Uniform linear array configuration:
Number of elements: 4
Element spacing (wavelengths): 1
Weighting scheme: exponential
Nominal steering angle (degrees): -60
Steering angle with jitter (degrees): -61.713
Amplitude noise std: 0.05
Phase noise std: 0.05

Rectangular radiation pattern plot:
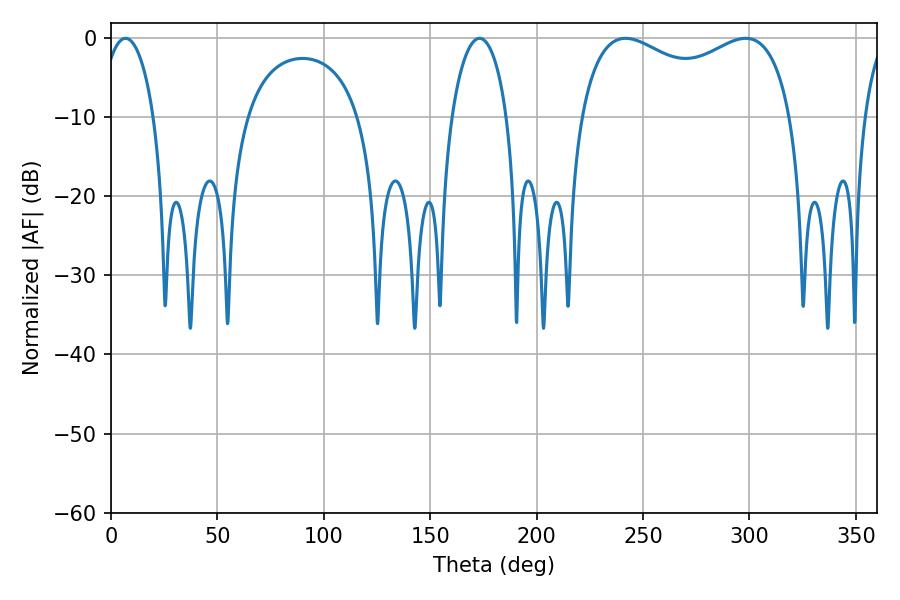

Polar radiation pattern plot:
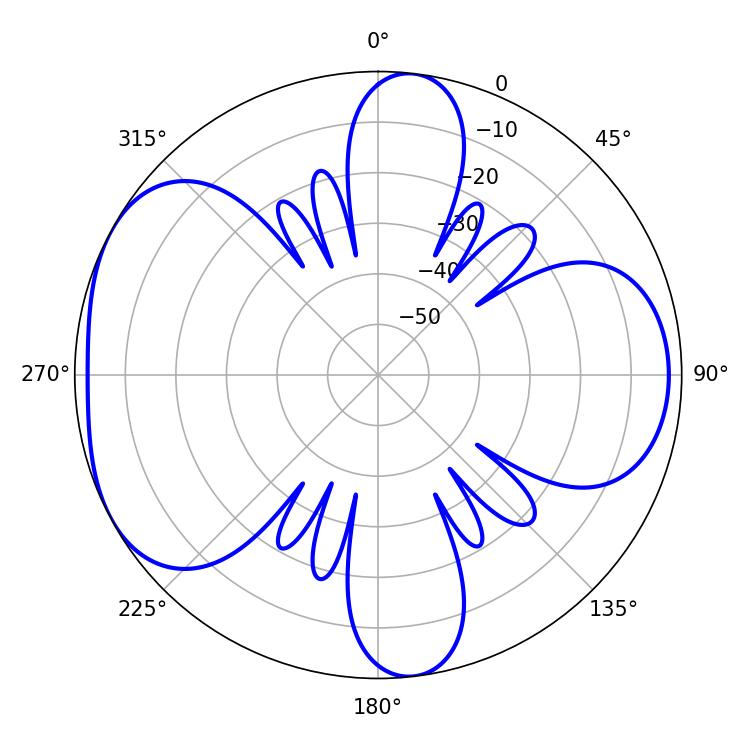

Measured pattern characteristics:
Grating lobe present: TRUE
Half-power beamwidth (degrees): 14.22
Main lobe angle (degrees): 6.84